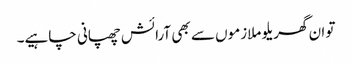
تو ان گھریلو ملازموں سے بھی آرائش چھپانی چاہیے۔